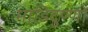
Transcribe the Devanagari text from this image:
माडिदुण्णों